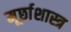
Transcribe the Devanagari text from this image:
मूर्छाशास्त्र